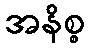
အနိစ္စ